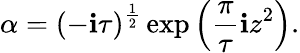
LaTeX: \alpha=(-\mathbf{i}\tau)^{\frac{{1}}{{2}}}\exp\left({\frac{{\pi}}{{\tau}}}\mathbf{i}z^{2}\right).